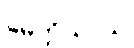
မေတ္တိယာယ